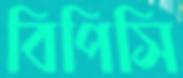
বিপিসি